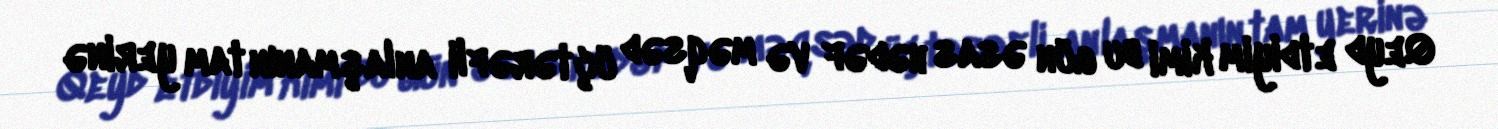
Qeyd etdiyim kimi bu gün əsas hədəf və məqsəd üçtərəfli anlaşmanın tam yerinə